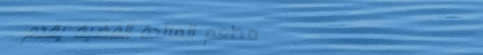
مطعم المائدة الفضية يقدم